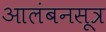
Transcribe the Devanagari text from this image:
आलंबनसूत्र